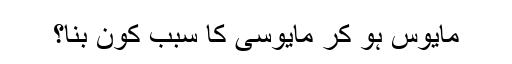
مایوس ہو کر مایوسی کا سبب کون بنا؟